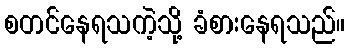
စတင်နေရသကဲ့သို့ ခံစားနေရသည်။